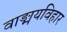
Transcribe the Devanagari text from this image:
वाङ्मयविहार